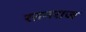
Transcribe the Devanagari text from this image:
रतनराज